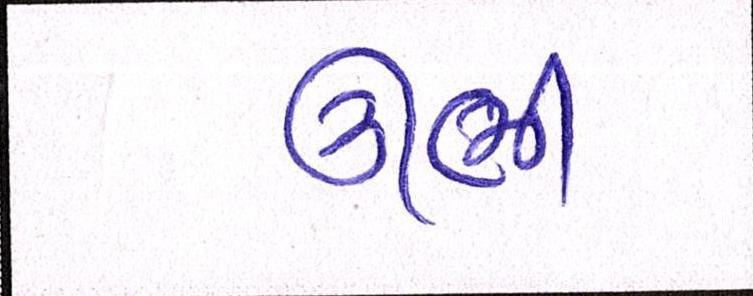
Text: ઊભી